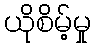
ယိုစိမ့်မှု